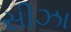
સીઝા